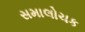
સમાલોચક